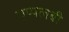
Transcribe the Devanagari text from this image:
एप्पलबी